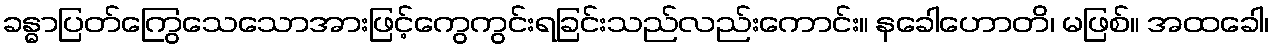
ခန္ဓာပြတ်ကြွေသေသောအားဖြင့်ကွေကွင်းရခြင်းသည်လည်းကောင်း။ နခေါဟောတိ၊ မဖြစ်။ အထခေါ၊